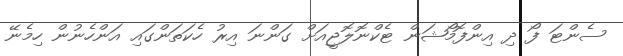
ސެންޓަ ފޯ ދި އިންފޮމޯޝަން ޓެކްނޮލޮޖީއަށް ގަންނަ އިރު ހެކަތަންގައި އަންހެނުން ހިމެނޭ